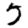
Digit: 5